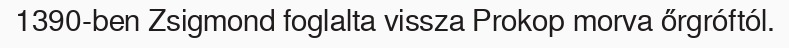
1390-ben Zsigmond foglalta vissza Prokop morva őrgróftól.